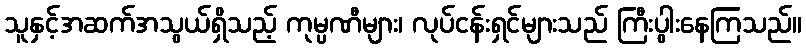
သူနှင့်အဆက်အသွယ်ရှိသည့် ကုမ္ပဏီများ၊ လုပ်ငန်းရှင်များသည် ကြီးပွါးနေကြသည်။